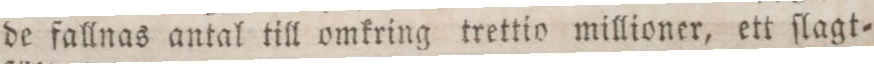
de fallnas antal till omkring trettio millioner, ett ſlagt=